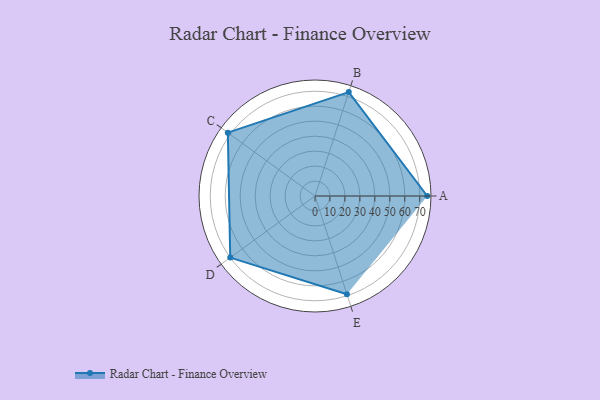
{"axis": {"x": "Skill", "y": "Score"}, "legend": ["Profile"], "data": [{"x": "A", "y": 75.0, "type": "Profile"}, {"x": "B", "y": 73.0, "type": "Profile"}, {"x": "C", "y": 72.0, "type": "Profile"}, {"x": "D", "y": 70.0, "type": "Profile"}, {"x": "E", "y": 69.0, "type": "Profile"}]}